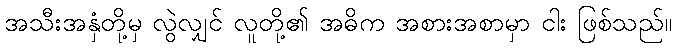
အသီးအနှံတို့မှ လွဲလျှင် လူတို့၏ အဓိက အစားအစာမှာ ငါး ဖြစ်သည်။